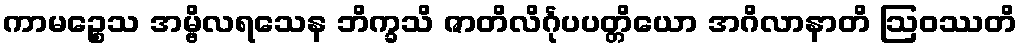
ကာမဉ္စေသ အမ္ဗိလရသေန ဘိက္ခသိ ဇာတိလိင်္ဂုပပတ္တိယော အဂိလာနာတိ ဩဝဿတိ